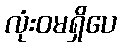
လုံးဝမရှိပေ